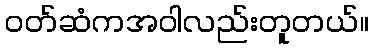
၀တ်ဆံကအဝါလည်းတူတယ်။